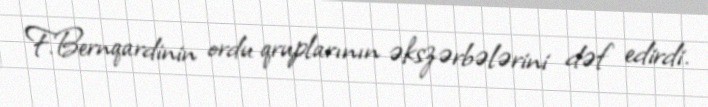
F.Bernqardinin ordu qruplarının əkszərbələrini dəf edirdi.